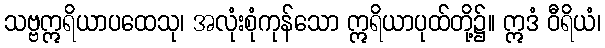
သဗ္ဗဣရိယာပထေသု၊ အလုံးစုံကုန်သော ဣရိယာပုထ်တို့၌။ ဣဒံ ဝီရိယံ၊